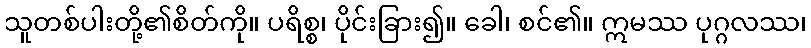
သူတစ်ပါးတို့၏စိတ်ကို။ ပရိစ္စ၊ ပိုင်းခြား၍။ ခေါ၊ စင်၏။ ဣမဿ ပုဂ္ဂလဿ၊